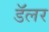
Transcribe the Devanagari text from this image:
डॅलर